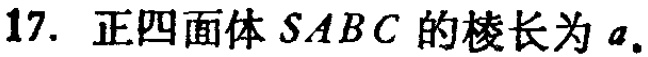
17. 正四面体\(SABC\)的棱长为\(a\)。